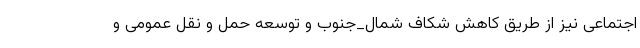
اجتماعی نیز از طریق کاهش شکاف شمال_جنوب و توسعه حمل و نقل عمومی و